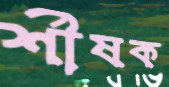
র্শীষক